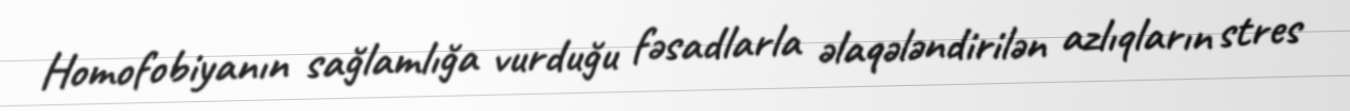
Homofobiyanın sağlamlığa vurduğu fəsadlarla əlaqələndirilən azlıqların stres